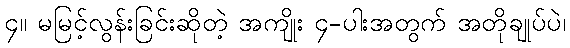
၄။ မမြင့်လွန်းခြင်းဆိုတဲ့ အကျိုး ၄-ပါးအတွက် အတိုချုပ်ပဲ၊